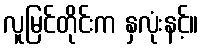
လူမြင်တိုင်းက နှလုံးနင့်။